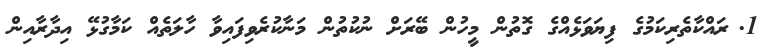
1.	ރައްކާތެރިކަމުގެ ފިޔަވަޅެއްގެ ގޮތުން މީހުން ބޭރަށް ނުކުތުން މަނާކުރެވިފައިވާ ހާލަތެއް ކަމާގުޅޭ އިދާރާއިން